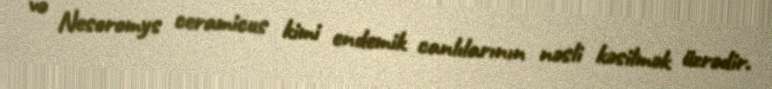
və Nesoromys ceramicus kimi endemik canlılarının nəsli kəsilmək üzrədir.